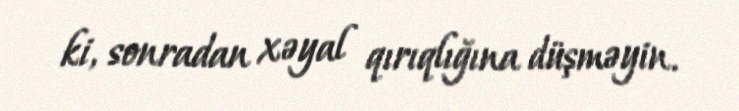
ki, sonradan xəyal qırıqlığına düşməyin.